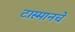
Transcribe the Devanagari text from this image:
टास्मानचे